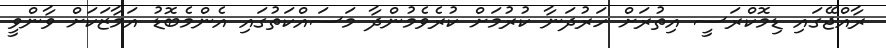
ރާއްޖޭގައި ޑިމޮކްރަސީ އިތުރަށް ހަރުދަނާ ކުރުމަށް ކުރެވެމުންދާ މަސައްކަތުގައި އެންމެބޮޑު އަމާޒަކަށް ވާންވީ